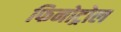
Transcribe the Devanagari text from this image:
फिनोट्रोल